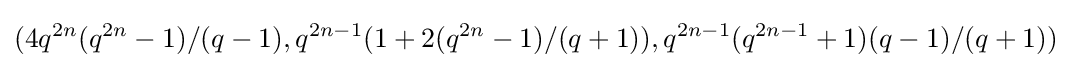
(4q^{2n}(q^{2n}-1)/(q-1),q^{2n-1}(1+2(q^{2n}-1)/(q+1)),q^{2n-1}(q^{2n-1}+1)(q-1)/(q+1))